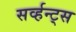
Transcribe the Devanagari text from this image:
सर्व्हन्ट्स